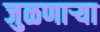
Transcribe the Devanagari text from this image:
जुळणार्‍या